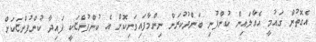
އެގޮތުން ގައުމީ އެއާލައިން ކުންފުނި ބަންދުކުރަން ނިންމާފައިވަނިކޮށް އެ ކުންފުންޏަކީ ފައިދާ ކުންފުންޏަކަށް